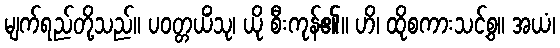
မျက်ရည်တို့သည်။ ပဝတ္တယိံသု၊ ယို စီးကုန်၏။ ဟိ၊ ထိုစကားသင့်စွ။ အယံ၊